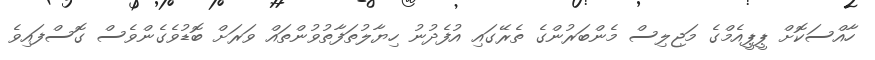
ހާއްސަކޮށް ޕީޕީއެމްގެ މަޖިލިސް މެންބަރުންގެ ތެރޭގައި އުފެދުނު ހިޔާލުތަފާތުވުންތައް ވަރަށް ބޮޑުވެގެންވެސް ގޮސްފައިވެ